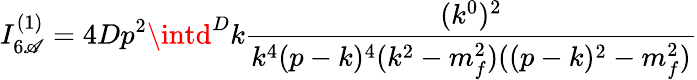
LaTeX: I_{6\mathscr{A}}^{(1)}=4Dp^{2}\intd^{D}k\frac{{(k^{0})^{2}}}{{k^{4}(p-k)^{4}(k^{2}-m_{f}^{2})((p-k)^{2}-m_{f}^{2})}}